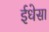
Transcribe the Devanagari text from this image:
ईधेसा